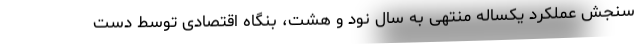
سنجش عملکرد یکساله منتهی به سال نود و هشت، بنگاه اقتصادی توسط دست